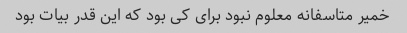
خمیر متاسفانه معلوم نبود برای کی بود که این قدر بیات بود